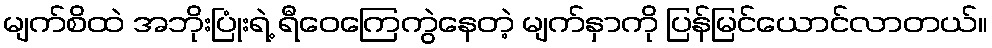
မျက်စိထဲ အဘိုးပြုံးရဲ့ ရီဝေကြေကွဲနေတဲ့ မျက်နှာကို ပြန်မြင်ယောင်လာတယ်။